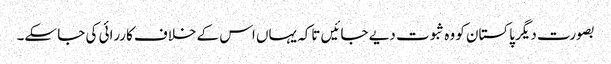
بصورت دیگر پاکستان کو وہ ثبوت دیے جائیں تاکہ یہاں اس کے خلاف کاررائی کی جا سکے۔